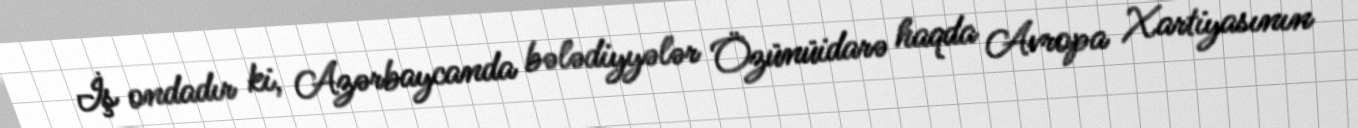
İş ondadır ki, Azərbaycanda bələdiyyələr Özünüidarə haqda Avropa Xartiyasının